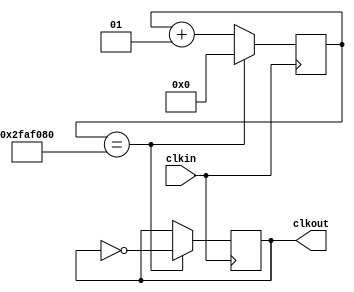
module fdiv_05 (clkin,clkout);
input clkin;
output reg clkout;

integer cont;

initial
   cont=0;
  
always @(posedge clkin)
  begin
	if (cont==50000000)
		begin
			cont<=0;
			clkout<=~clkout;
		end
		else
		begin
			cont<=cont+1;
			clkout<=clkout;
		end
   end
endmodule